Enquiry on enteric fever in India - Number 32
Disease focus: Fever
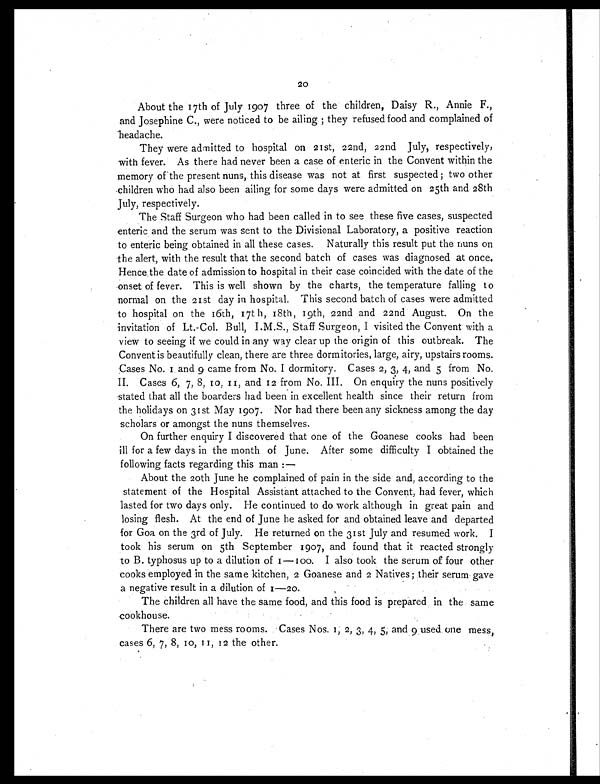
20
About the 17th of July 1907 three of the children, Daisy R., Annie F.,
and Josephine C., were noticed to be ailing ; they refused food and complained of
headache.
They were admitted to hospital on 21st, 22nd, 22nd July, respectively,
with fever. As there had never been a case of enteric in the Convent within the
memory of the present nuns, this disease was not at first suspected ; two other
children who had also been ailing for some days were admitted on 25th and 28th
July, respectively.
The Staff Surgeon who had been called in to see these five cases, suspected
enteric and the serum was sent to the Divisional Laboratory, a positive reaction
to enteric being obtained in all these cases. Naturally this result put the nuns on
the alert, with the result that the second batch of cases was diagnosed at once.
Hence the date of admission to hospital in their case coincided with the date of the
onset of fever. This is well shown by the charts, the temperature falling to
normal on the 21st day in hospital. This second batch of cases were admitted
to hospital on the 16th, 17th 18th, 1 9th, 22nd and 22nd August. On the
invitation of Lt.-Col. Bull, I.M.S., Staff Surgeon, I visited the Convent with a
view to seeing if we could in any way clear up the origin of this outbreak. The
Convent is beautifully clean, there are three dormitories, large, airy, upstairs rooms.
Ca s e s No . 1 a n d 9 c a me f r o m No . I d o r mi t o r y . Ca s e s 2 , 3 , 4 , a n d 5 f r o m No .
II. Cases 6, 7, 8, 10, 11, and 12 from No. III. On enquiry the nuns positively
stated that all the boarders had been in excellent health since their return from
the holidays on 31st May 1907. Nor had there been any sickness among the day
scholars or amongst the nuns themselves.
On further enquiry I discovered that one of the Goanese cooks had been
ill for a few days in the month of June. After some difficulty I obtained the
following facts regarding this man :—
About the 20th June he complained of pain in the side and, according to the
statement of the Hospital Assistant attached to the Convent, had fever, which
lasted for two days only. He continued to do work although in great pain and
losing flesh. At the end of June he asked for and obtained leave and departed
for Goa on the 3rd of July. He returned on the 31st July and resumed work. I
took his serum on 5th September 1907, and found that it reacted strongly
to B. typhosus up to a dilution of 1—100. I also took the serum of four other
cooks employed in the same kitchen, 2 Goanese and 2 Natives; their serum gave
a negative result in a dilution of 1-20.
The children all have the same food, and this food is prepared, in the same
cookhouse.
There are two mess rooms. Cases Nos. 1, 2, 3, 4, 5, and 9 used one mess,
cases 6,7, 8, 10, 11,12 the other.